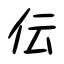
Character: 伝